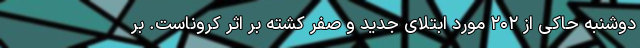
دوشنبه حاکی از ۲۰۲ مورد ابتلای جدید و صفر کشته بر اثر کروناست. بر